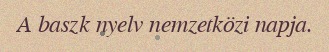
A baszk nyelv nemzetközi napja.